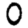
Digit: 0